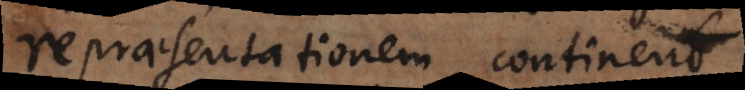
repraesentationem continent.